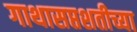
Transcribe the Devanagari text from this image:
गाथासप्तशतीच्या